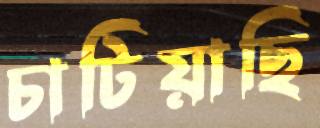
চাটিয়াছি